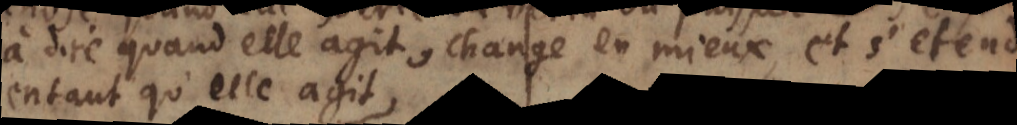
à dire quand elle agit, change en mieux, et s’etend